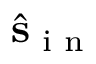
\hat { \mathbf { s } } _ { \textrm { i n } }